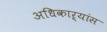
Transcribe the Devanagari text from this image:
अधिकाऱ्यांस